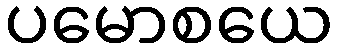
ပမောစယေ